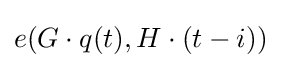
e(G\cdot q(t),H\cdot (t-i))